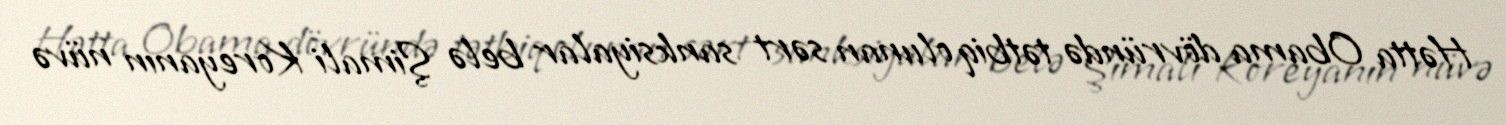
Hətta Obama dövründə tətbiq olunan sərt sanksiyalar belə Şimali Koreyanın nüvə